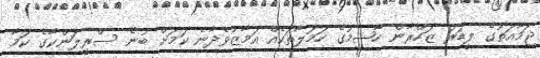
ޖަމާއަތުގެ ލީޑަރު ޒަހްރާން ހާޝިމުގެ ހަމަލާތަކެއް އަމާޒުވެދާނެ ކަމަށް ބުނެ ސްރީލަންކާގެ ކަމާ